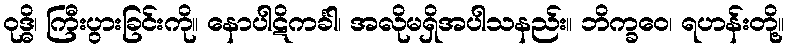
ဝုဒ္ဓိ၊ ကြီးပွားခြင်းကို။ နောပါဋိကင်္ခါ၊ အလိုမရှိအပါသနည်း။ ဘိက္ခဝေ၊ ရဟန်းတို့။